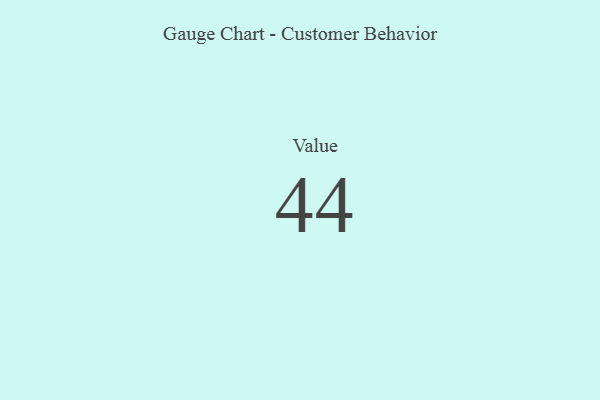
{"axis": {"x": "Metric", "y": "Value"}, "legend": [""], "data": [{"x": "Value", "y": 44, "type": ""}]}